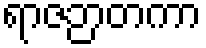
ရာဇဉာတကာ